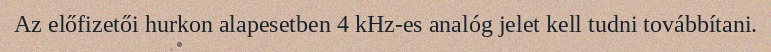
Az előfizetői hurkon alapesetben 4 kHz-es analóg jelet kell tudni továbbítani.